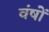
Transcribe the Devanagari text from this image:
वंषों